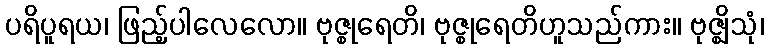
ပရိပူရယ၊ ဖြည့်ပါလေလော။ ဗုဇ္စုရေတိ၊ ဗုဇ္စုရေတိဟူသည်ကား။ ဗုဇ္ဈိသုံ၊